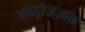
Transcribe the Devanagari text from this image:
अबदूर्रज़्ज़ाक़